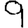
Digit: 9